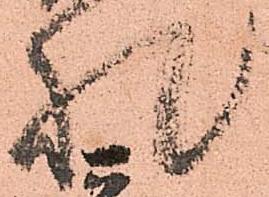
札